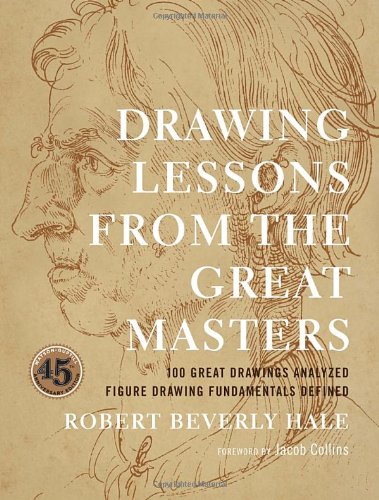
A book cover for Drawing Lessons from the Great Masters; Robert Beverly Hale; Arts & Photography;